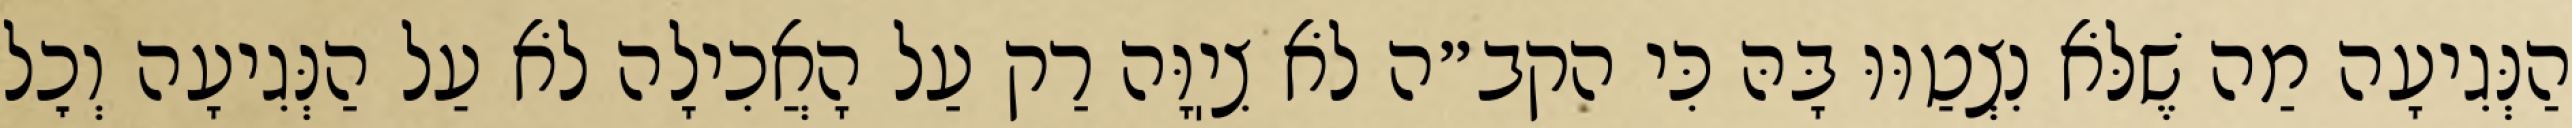
הַנְּגִיעָה מַה שֶׁלֹּא נִצְטַוּוּ בָּהּ כִּי הקב״ה לֹא צִיֽוָּה רַק עַל הָאֲכִילָה לֹא עַל הַנְּגִיעָה וְכׇל